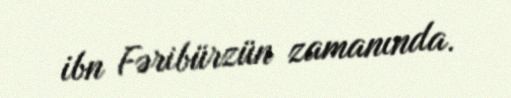
ibn Fəribürzün zamanında.